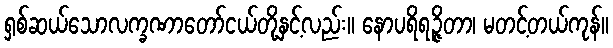
ရှစ်ဆယ်သောလက္ခဏာတော်ငယ်တို့နှင့်လည်း။ နောပရိရဉ္ဇိတာ၊ မတင့်တယ်ကုန်။